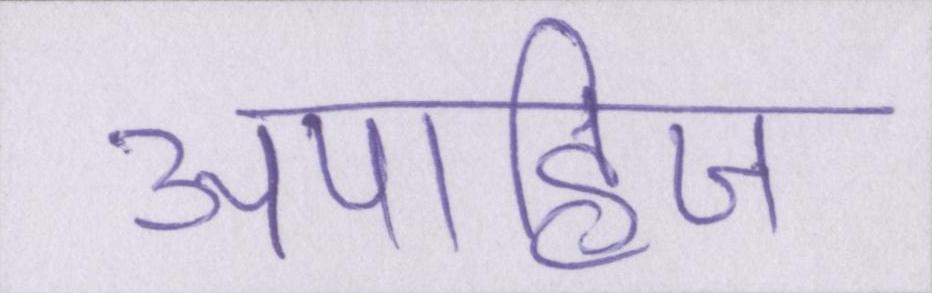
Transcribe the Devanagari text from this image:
अपाहिज